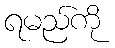
ရမည်ကို